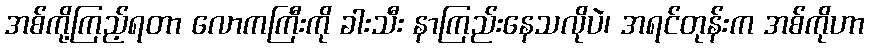
အစ်ကို့ကြည့်ရတာ လောကကြီးကို ခါးသီး နာကြည်းနေသလိုပဲ၊ အရင်တုန်းက အစ်ကိုဟာ